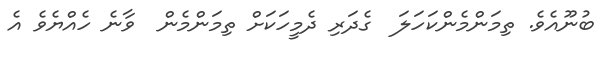
ބުނޫއެވެ. ތިމަންމެންކަހަލަ  ގެދަރި ދެމީހަކަށް ތިމަންމެން  ވާނެ ހެއްޔެވެ އެ